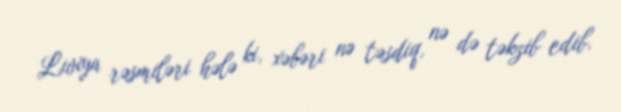
Liviya rəsmiləri hələ ki, xəbəri nə təsdiq, nə də təkzib edib.